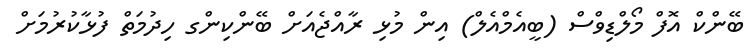
ބޭންކް އޮފް މޯލްޑިވްސް (ބީއެމްއެލް) އިން މުޅި ރާއްޖެއަށް ބޭންކިންގ ހިދުމަތް ފުޅާކުރުމަށް